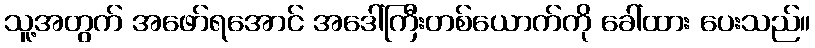
သူ့အတွက် အဖော်ရအောင် အဒေါ်ကြီးတစ်ယောက်ကို ခေါ်ထား ပေးသည်။